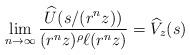
LaTeX: \begin{align*}\lim_{n \to \infty} \frac{\widehat U(s/(r^n z))}{(r^n z)^\rho \ell (r^n z) }= \widehat V_z(s)\end{align*}